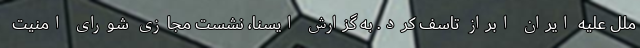
ملل علیه ایران ابراز تاسف کرد. به گزارش ایسنا، نشست مجازی شورای امنیت